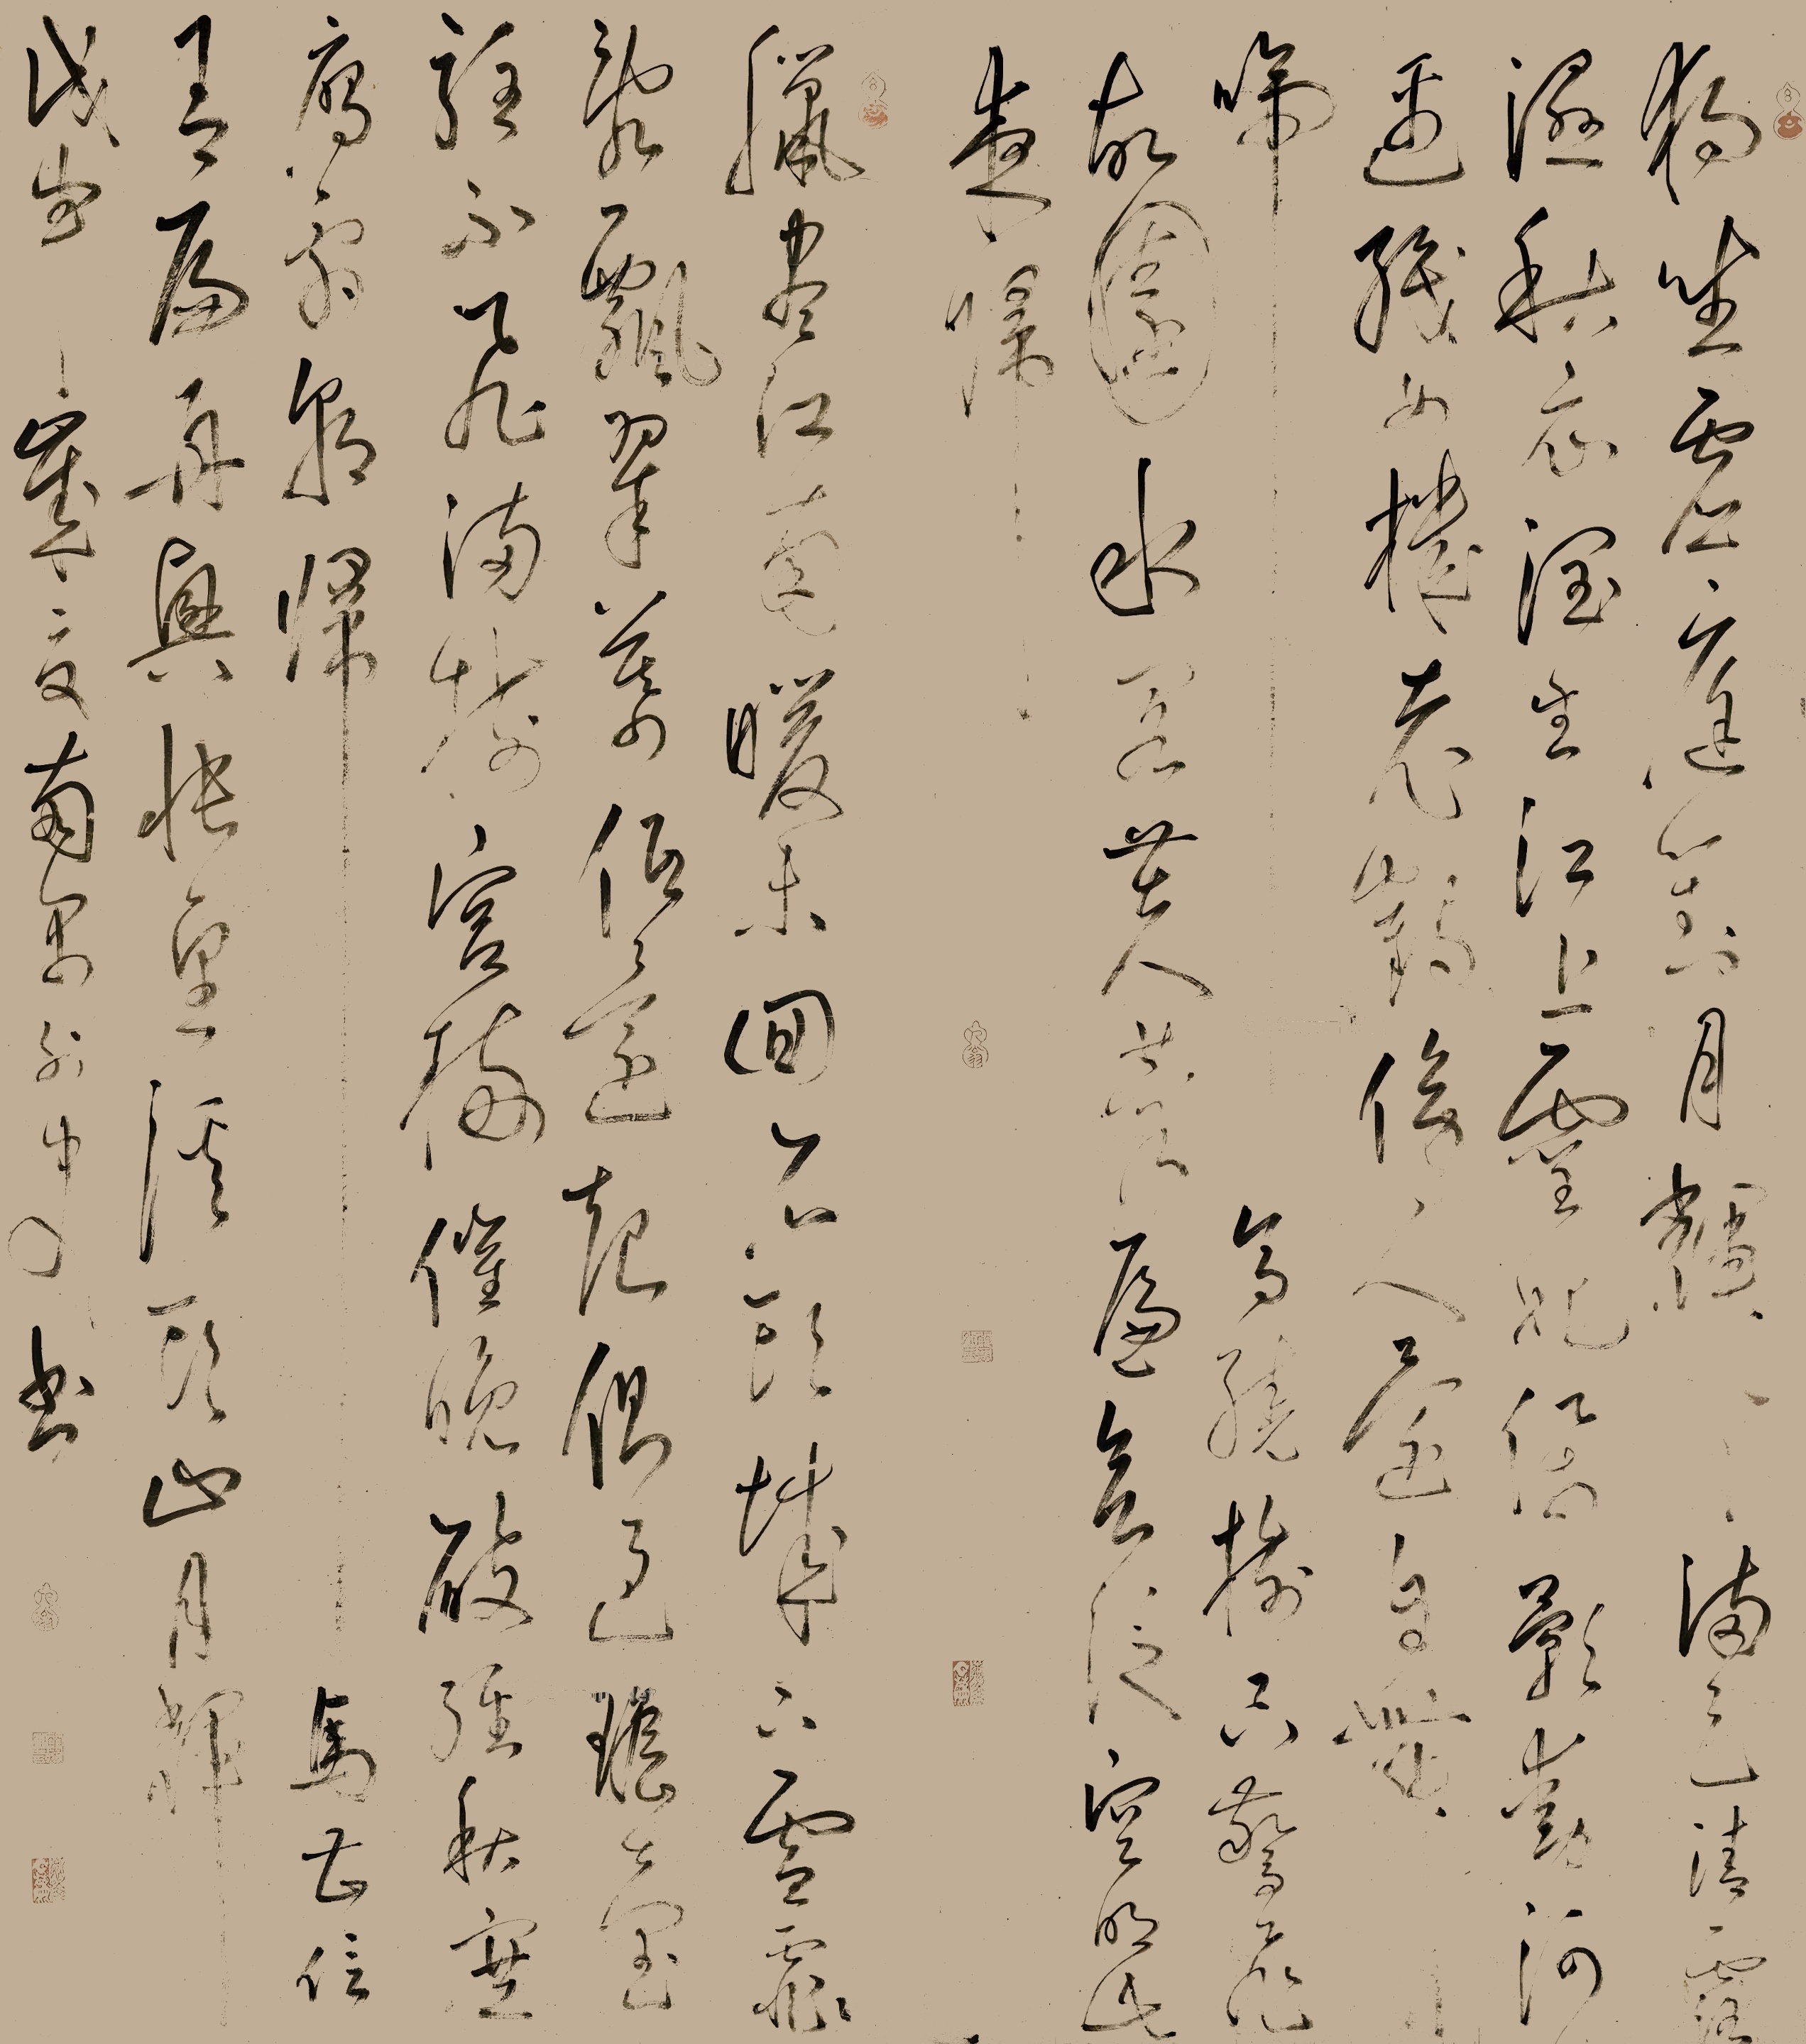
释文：独坐虚庭对月辉，满天清露湿秋衣。润生江上灵妃佩，影动河边织女机。老鹤傍人还自舞，啼乌绕树只惊飞，故园水阁芙蓉遍，欲泛空明此夜归。腊尽江南暖未回，石头城下雪霏霏。乱飘翠叶低还起，侧过瑶台驻不飞。满树宫梅催晚破，经秋塞雁霜朝归。马曹信有扁舟兴，怅望溪头山月辉。戊申（1548年）岁夏南禺外史书。